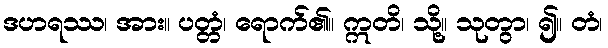
ဒဟရဿ၊ အား။ ပတ္တံ၊ ရောက်၏။ ဣတိ၊ သို့။ သုတွာ၊ ၍။ တံ၊